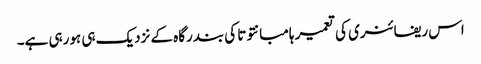
اس ریفائنری کی تعمیر ہامبانتوتا کی بندرگاہ کے نزدیک ہی ہورہی ہے۔